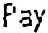
PAY